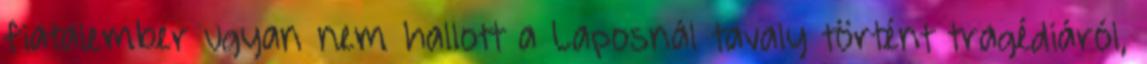
fiatalember ugyan nem hallott a Laposnál tavaly történt tragédiáról,